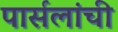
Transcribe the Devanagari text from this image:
पार्सलांची